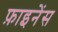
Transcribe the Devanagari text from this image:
फ़ाइनेंस